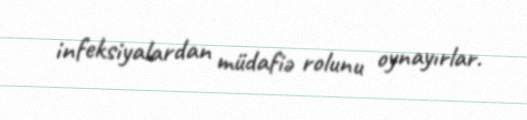
infeksiyalardan müdafiə rolunu oynayırlar.